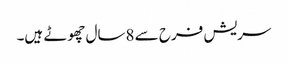
سریش فرح سے 8سال چھوٹے ہیں۔